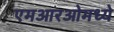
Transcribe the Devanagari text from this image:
एमआरओमध्ये